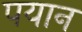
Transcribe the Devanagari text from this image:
पयान